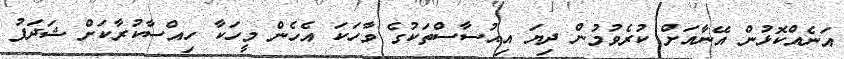
އަނެއްކޮޅުން އޭނާއަށް ކުރެވުމުން ދިޔަ އިޙުސާސްތަކުގެ ވާހަކަ އެހެން މީހަކާ ހިއްސާކުރާކަށް ޝަދަފު